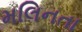
મલિનતા